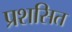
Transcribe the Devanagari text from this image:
प्रशसित